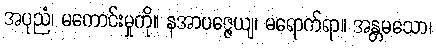
အပုညံ၊ မကောင်းမှုကို။ နအာပဇ္ဇေယျ၊ မရောက်ရာ။ အန္တမသော၊